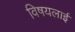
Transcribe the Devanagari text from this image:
विषयलाई